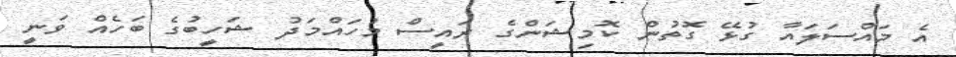
އެ މައްސަލައާ ގުޅޭ ގޮތުން ކޮމިޝަންގެ ރައީސް މުހައްމަދު ޝަހީބުގެ ބަހެއް ވަނީ